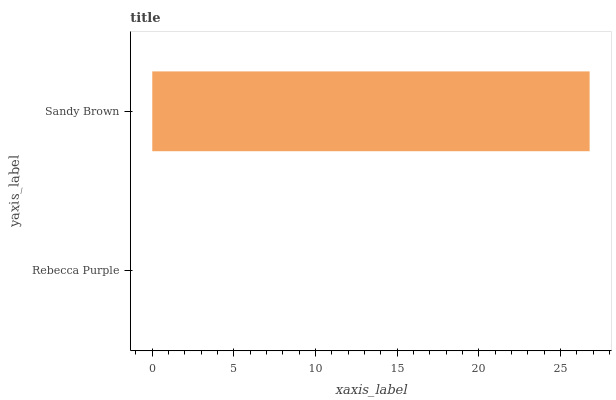
| yaxis_label | bars |
 | --- | --- |
 | Rebecca Purple | 0 |
 | Sandy Brown | 26.8 |